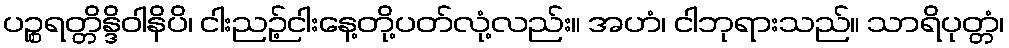
ပဉ္စရတ္တိန္ဒိဝါနိပိ၊ ငါးညဉ့်ငါးနေ့တို့ပတ်လုံ့လည်း။ အဟံ၊ ငါဘုရားသည်။ သာရိပုတ္တံ၊